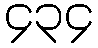
၄၃၄